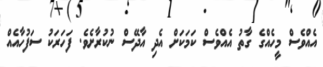
އެއްވެސް މީހެއްގެ ގާތު އެއްވެސް ކަމަކަށް އެދި އާދޭސް ނުކުރާށެވެ. ފަހަރަކު ސަފުހާއެއް